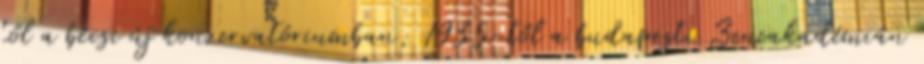
től a bécsi új konzervatóriumban, 1935-től a budapesti Zeneakadémián